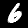
Digit: 6